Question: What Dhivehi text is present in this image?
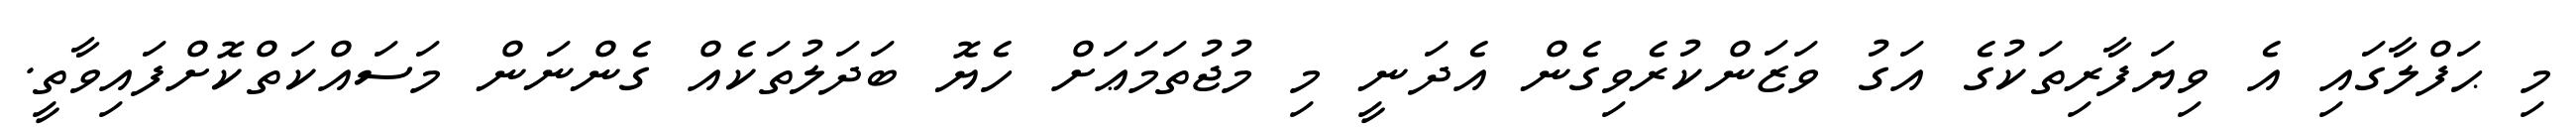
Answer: މި ޙަފްލާގައި އެ ވިޔަފާރިތަކުގެ އަގު ވަޒަންކުރެވިގެން އެދަނީ މި މުޖުތަމަޢަށް ހެޔޮ ބަދަލުތަކެއް ގެންނަން މަސައްކަތްކޮށްފައިވާތީ.